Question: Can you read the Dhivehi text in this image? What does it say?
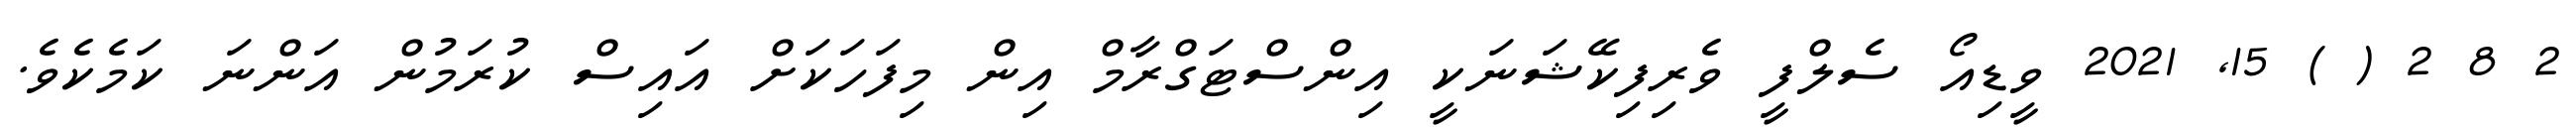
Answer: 2 8 2 ( ) 15, 2021 ވީޑިއޯ ސެލްފީ ވެރިފިކޭޝަނަކީ އިންސްޓަގްރާމް އިން މިފަހަކަށް އައިސް ކުރަމުން އަންނަ ކަމެކެވެ.